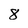
Character: 8